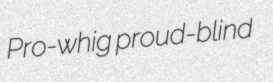
Pro-whig proud-blind